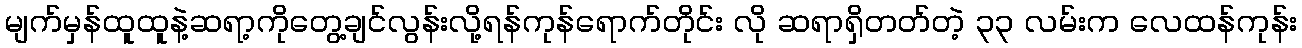
မျက်မှန်ထူထူနဲ့ဆရာ့ကိုတွေ့ချင်လွန်းလို့ရန်ကုန်ရောက်တိုင်း လို ဆရာရှိတတ်တဲ့ ၃၃ လမ်းက လေထန်ကုန်း